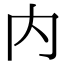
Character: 内